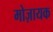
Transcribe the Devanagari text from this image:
मोज़ायक